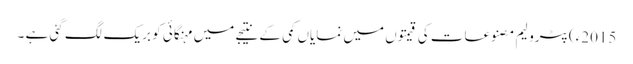
2015ء)پٹرولیم مصنوعات کی قیمتوں میں نمایاں کمی کے نتیجے میں مہنگائی کو بریک لگ گئی ہے ۔